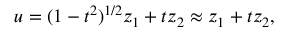
u = ( 1 - t ^ { 2 } ) ^ { 1 / 2 } z _ { 1 } + t z _ { 2 } \approx z _ { 1 } + t z _ { 2 } ,